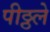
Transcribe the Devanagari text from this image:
पीठ्ठले